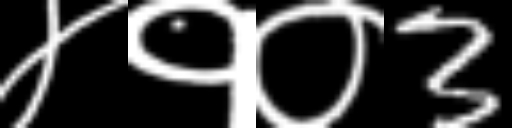
Text: ४१०3